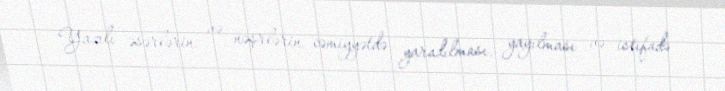
Yazılı əsərlərin və nəşrlərin cəmiyyətdə yaradılması, yayılması və istifadə